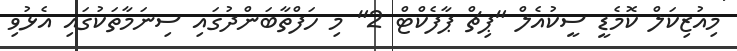
މިއުޒިކަލް ކޮމެޑީ ސީކުއެލް "ޕިޗް ޕާފެކްޓް 2" މި ހަފްތާބަންދުގައި ސިނަމާތަކުގައި އެޅުވި